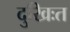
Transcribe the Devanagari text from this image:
दुखिःत